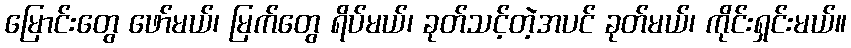
မြောင်းတွေ ဖော်မယ်၊ မြက်တွေ ရိပ်မယ်၊ ခုတ်သင့်တဲ့အပင် ခုတ်မယ်၊ ကိုင်းရှင်းမယ်။